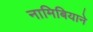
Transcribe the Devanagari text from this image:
नामिबियाने